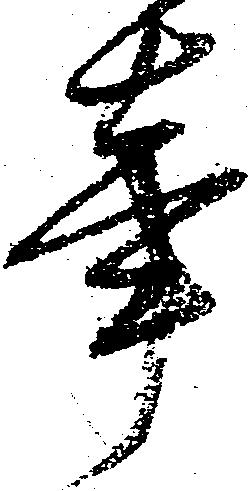
事